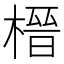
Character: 榗